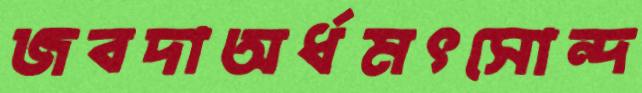
জবদাঅর্ধমৎসোন্দ